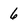
Character: 6